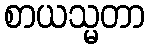
စာယသ္မတာ